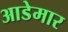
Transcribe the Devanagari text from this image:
आडेमार